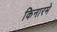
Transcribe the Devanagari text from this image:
किनारमे